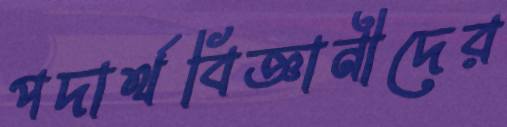
পদার্থবিজ্ঞানীদের